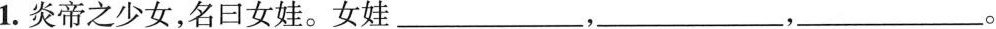
1.炎帝之少女，名日女娃。女娃___，___，___。